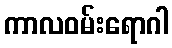
ကာလဝမ်းရောဂါ